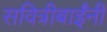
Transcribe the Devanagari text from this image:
सवित्रीबाईंनी